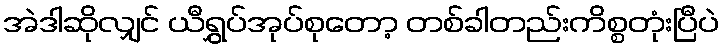
အဲဒါဆိုလျှင် ယီရွှပ်အုပ်စုတော့ တစ်ခါတည်းကိစ္စတုံးပြီပဲ